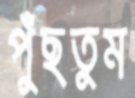
পুঁছতুম